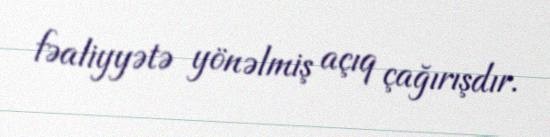
fəaliyyətə yönəlmiş açıq çağırışdır.